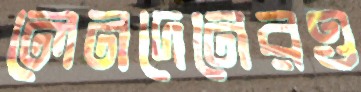
লেনদেনেরও